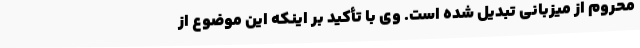
محروم از میزبانی تبدیل شده است. وی با تأکید بر اینکه این موضوع از